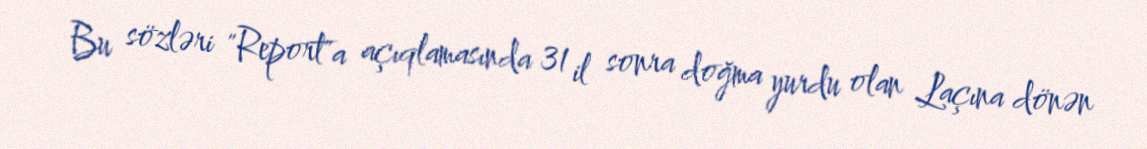
Bu sözləri "Report"a açıqlamasında 31 il sonra doğma yurdu olan Laçına dönən